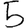
Digit: 5